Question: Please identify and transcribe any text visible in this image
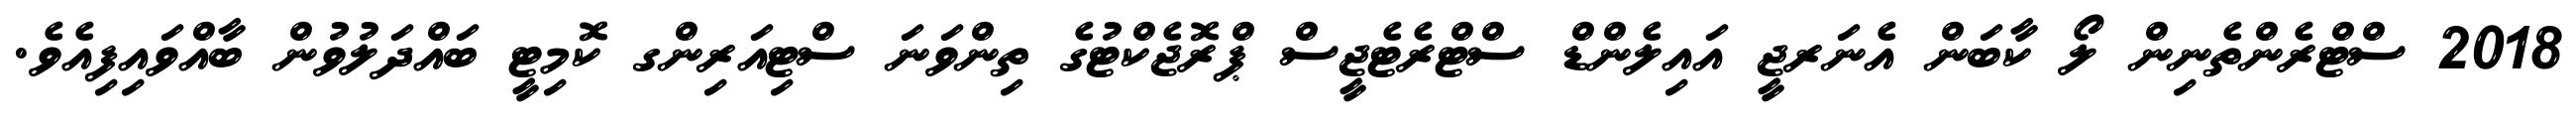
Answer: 2018 ސްޓްރެންތެނިން ލޯ ކާބަން އެނަރޖީ އައިލެންޑް ސްޓްރެޓެޖީސް ޕްރޮޖެކްޓުގެ ތިންވަނަ ސްޓިއަރިންގ ކޮމިޓީ ބައްދަލުވުން ބާއްވައިފިއެވެ.